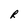
Character: R